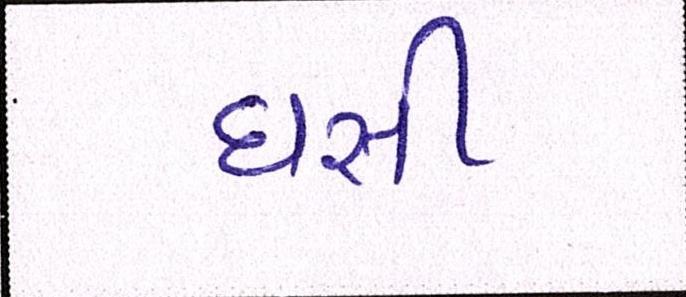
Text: ઘસી